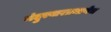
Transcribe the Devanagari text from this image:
नंदुरबारप्रमाणेच